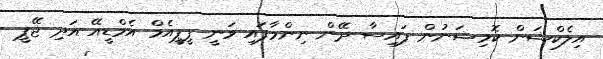
އިލެކްޝަން ކޮމިޝަނުން ފައިސާ ދޭން ނިންމާފައި ވަނީ ޕީޕީއެމް އެމްޑީއޭ އަދި ޖޭޕީ